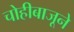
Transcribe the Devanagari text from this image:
चोहीबाजूने